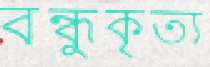
বন্ধুকৃত্য